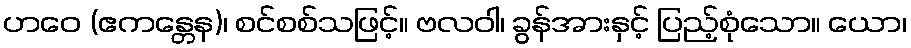
ဟဝေ (ဧကန္တေန)၊ စင်စစ်သဖြင့်။ ဗလဝါ၊ ခွန်အားနှင့် ပြည့်စုံသော။ ယော၊